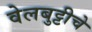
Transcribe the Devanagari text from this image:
वेलबुट्टीचे